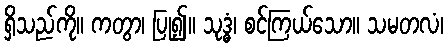
ရှိသည်ကို။ ကတွာ၊ ပြု၍။ သုဒ္ဓံ၊ စင်ကြယ်သော။ သမတလံ၊